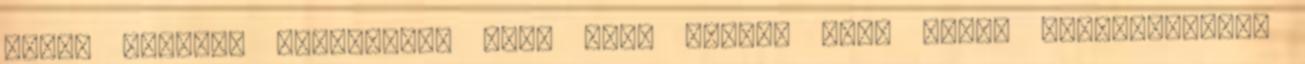
mégis hálásan elfogadta. Erőt vett magán, hogy ismét megmozduljon,